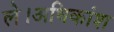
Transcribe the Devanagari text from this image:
ले।अधिकांश